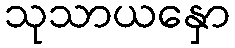
သုသာယနှော